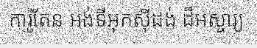
ការ៉ូតែន អង់ទីអុកស៊ីដង់ ដ៏អស្ចារ្យ